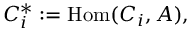
C _ { i } ^ { * } : = \mathrm { H o m } ( C _ { i } , A ) ,